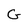
Character: G